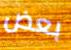
بعض